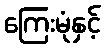
ကြေးမုံနှင့်